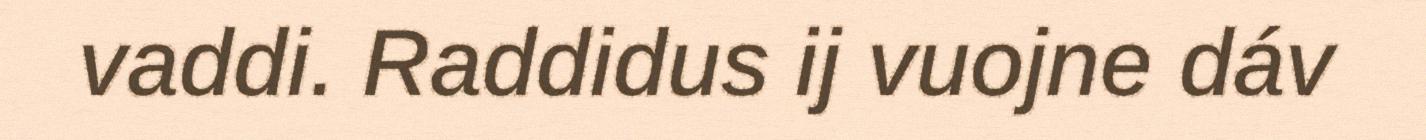
vaddi. Raddidus ij vuojne dáv